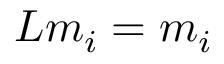
L m _ { i } = m _ { i }